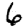
Digit: 6